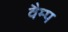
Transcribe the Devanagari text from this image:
वैम्प